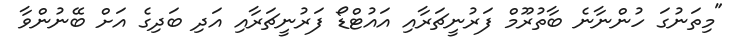
"މިތަނުގަ ހުންނާނެ ބާތުރޫމް ފަރުނީޗަރާއި އައުޓްޑޯ ފަރުނީޗަރާއި އަދި ބަދިގެ އަށް ބޭނުންވާ